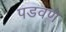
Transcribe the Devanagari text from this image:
पडवणे